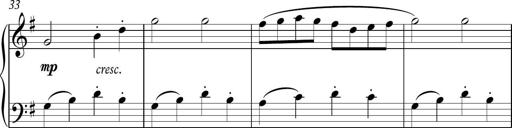
Title: Sonatina
Composer: Kemble Stout
Key: G major